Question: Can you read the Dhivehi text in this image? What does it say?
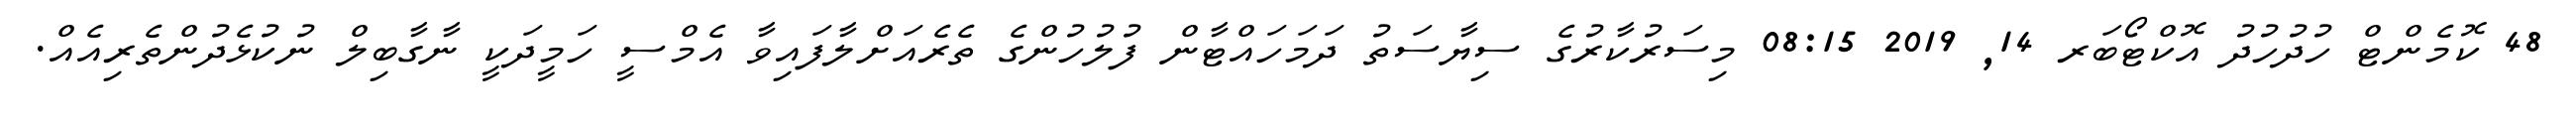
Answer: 48 ކޮމެންޓް ހުދުހުދު އޮކްޓޯބަރ 14, 2019 08:15 މިސަރުކާރުގެ ސިޔާސަތު ދަމަހައްޓާން ފުލުހުންގެ ތެރެއަށްލާފައިވާ އެމްސީ ހަމީދަކީ ނާގާބިލް ނުކުޅެދުންތެރިއެއް.